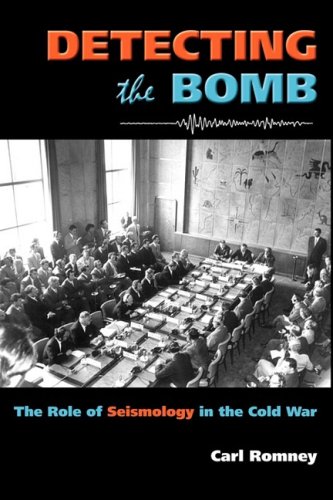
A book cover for Detecting the Bomb: The Role of Seismology in the Cold War; Carl Romney; Science & Math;